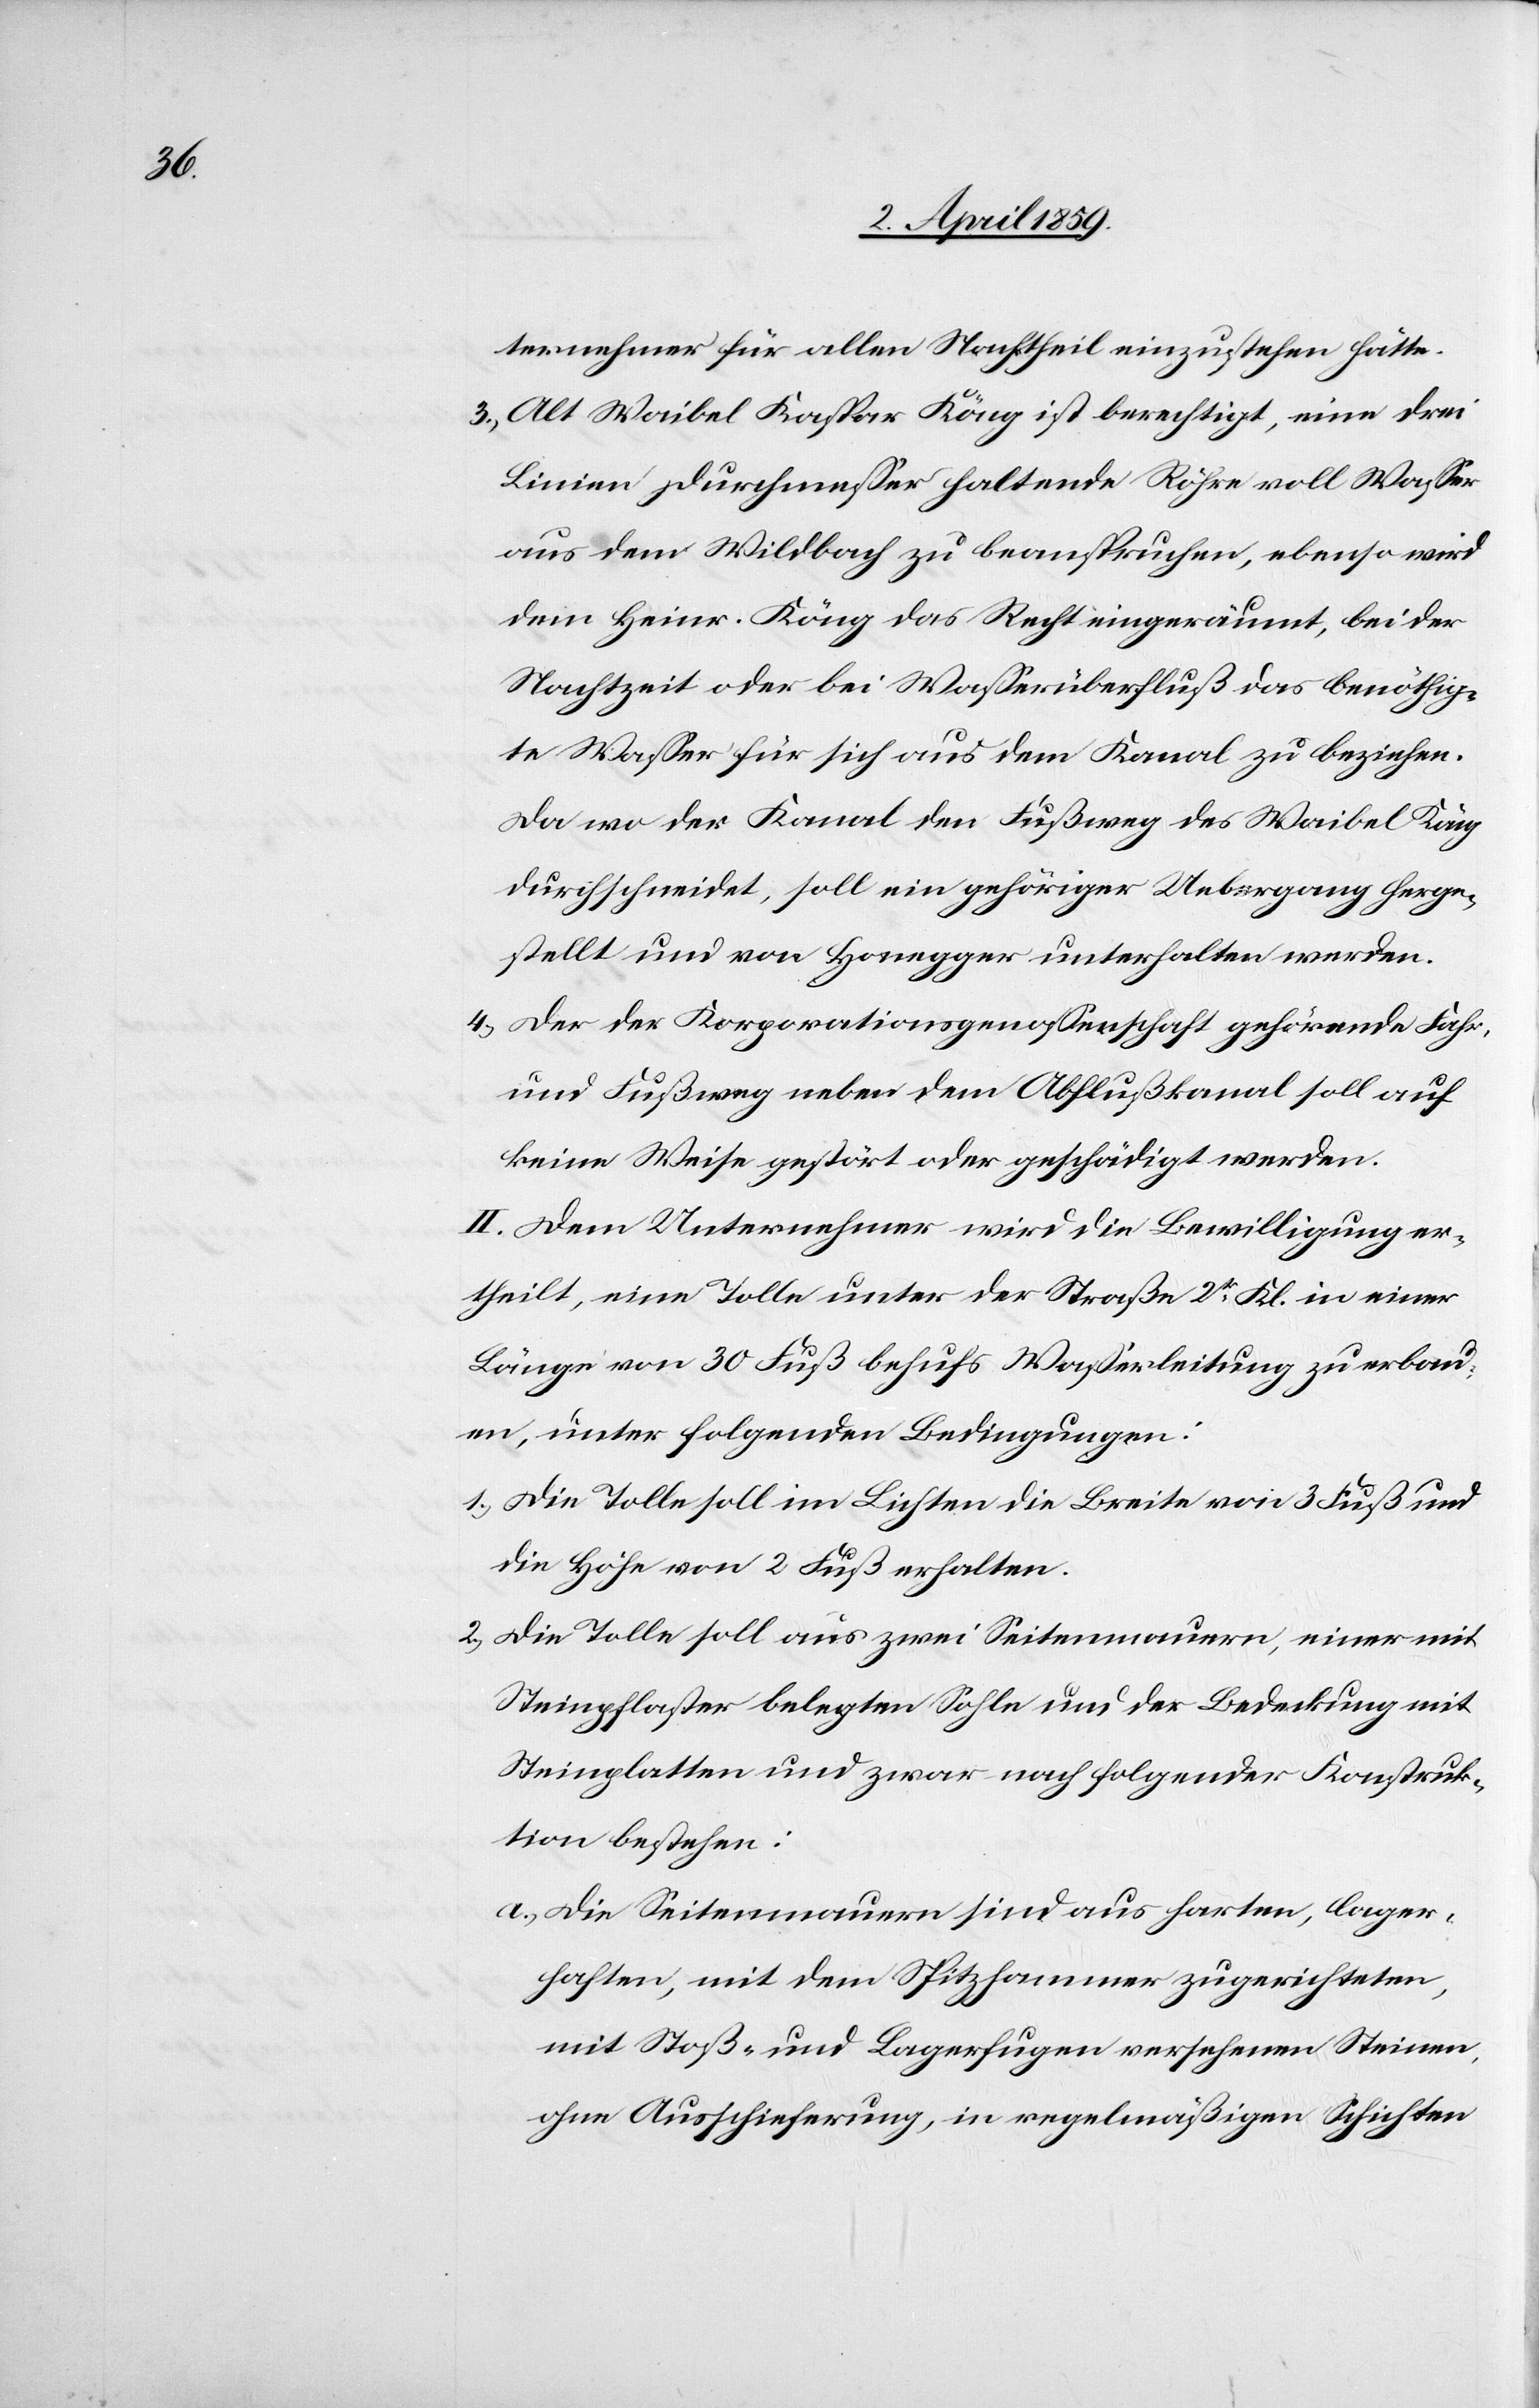
ternehmer für allen Nachtheil einzustehen hätte.
3) Alt Waibel Kaspar Köng [sic!] ist berechtigt, eine drei
Linien Durchmeßer haltende Röhre voll Waßer
aus dem Wildbach zu beanspruchen, ebenso wird
dem Heinr. Köng das Recht eingeräumt, bei der
Nachtzeit oder bei Waßerüberfluß das benöthig¬
te Waßer für sich aus dem Kanal zu beziehen.
Da wo der Kanal den Fußweg des Waibel Köng
durchschneidet, soll ein gehöriger Uebergang herge¬
stellt und von Honegger unterhalten werden.
4) Der der Korporationsgenoßenschaft gehörende Fahr-
und Fußweg neben dem Abflußkanal soll auf
keine Weise gestört oder geschädigt werden.
II. Dem Unternehmer wird die Bewilligung er¬
theilt, eine Tolle unter der Straße 2tr Kl. in einer
Länge von 30 Fuß behufs Waßerleitung zu erbau¬
en, unter folgenden Bedingungen:
1) Die Tolle soll im Lichten die Breite von 3 Fuß und
die Höhe von 2 Fuß erhalten.
2) Die Tolle soll aus zwei Seitenmauern, einer mit
Steinpflaster belegten Sohle und der Bedeckung mit
Steinplatten und zwar nach folgender Konstruk¬
tion bestehen:
a) Die Seitenmauern sind aus harten, lager¬
haften, mit dem Spitzhammer zugerichteten,
mit Stoß- und Lagerfugen versehenden Steinen,
ohne Ausschieferung, in regelmäßigen Schichten